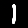
Digit: 1